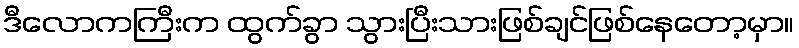
ဒီလောကကြီးက ထွက်ခွာ သွားပြီးသားဖြစ်ချင်ဖြစ်နေတော့မှာ။